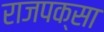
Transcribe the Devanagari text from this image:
राजपक्सा